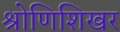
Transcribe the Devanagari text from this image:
श्रोणिशिखर